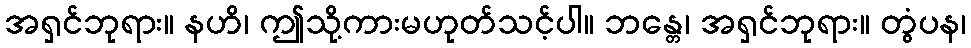
အရှင်ဘုရား။ နဟိ၊ ဤသို့ကားမဟုတ်သင့်ပါ။ ဘန္တေ၊ အရှင်ဘုရား။ တွံပန၊